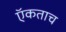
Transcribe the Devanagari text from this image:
ऍकताच